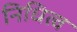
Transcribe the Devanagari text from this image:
निधित्व